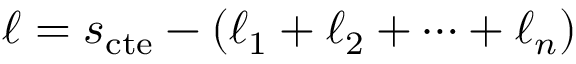
\ell = s _ { \mathrm { c t e } } - ( \ell _ { 1 } + \ell _ { 2 } + \dots + \ell _ { n } )